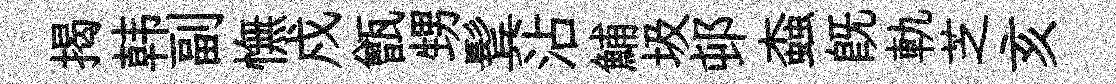
揭韩副憮戍甑甥鬂沾鯆圾邨螙旣軌芝亥